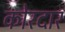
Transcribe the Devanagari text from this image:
कोरदार